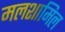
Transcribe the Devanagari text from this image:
मलशामिल